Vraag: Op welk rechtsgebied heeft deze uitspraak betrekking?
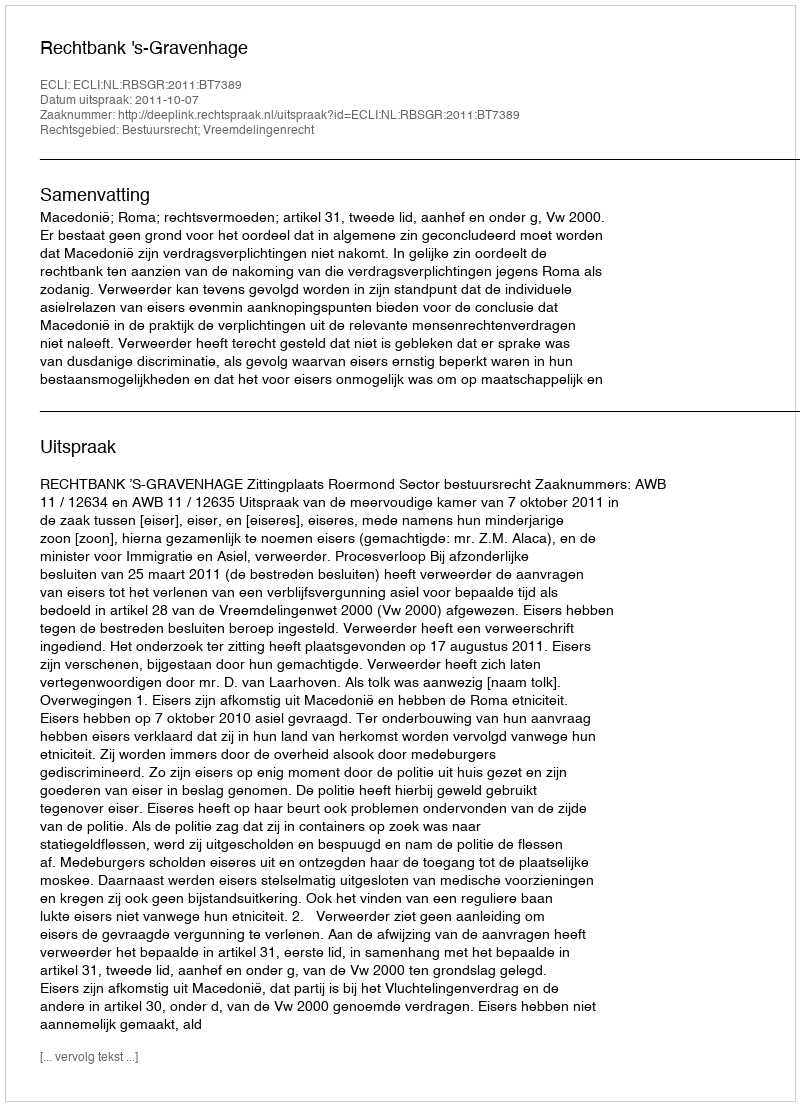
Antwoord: Bestuursrecht; Vreemdelingenrecht